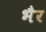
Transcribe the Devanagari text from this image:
भैर